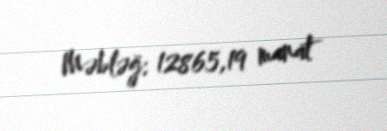
Məbləğ: 12865,19 manat